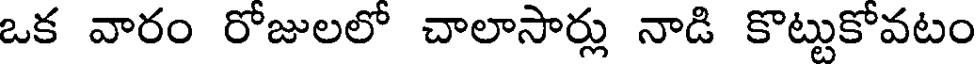
ఒక వారం రోజులలో చాలాసార్లు నాడి కొట్టుకోవటం